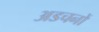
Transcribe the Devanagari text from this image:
अडचनों